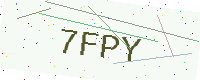
Text: 7FPY